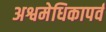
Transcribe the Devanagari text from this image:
अश्वमेधिकापर्व